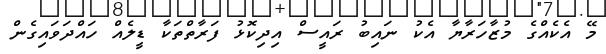
މޭ އެކެއްގެ މުޒާހަރާޔާ އެކު ނައިބު ރައީސް އިދިކޮޅު ފަރާތްތަކާ ޑީލެއް ހައްދަވައިގެން